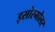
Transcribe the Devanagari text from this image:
इसोस्मोलर